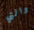
والتي